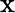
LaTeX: \mathrm{x}